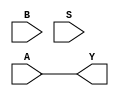
module techlib_pmux (A, B, S, Y);
parameter WIDTH = 0;
parameter S_WIDTH = 0;
input [WIDTH-1:0] A;
input [WIDTH*S_WIDTH-1:0] B;
input [S_WIDTH-1:0] S;
output reg [WIDTH-1:0] Y;
integer i;
reg found_active_sel_bit;
always @* begin
	Y = A;
	found_active_sel_bit = 0;
	for (i = 0; i < S_WIDTH; i = i+1)
		if (S[i]) begin
			Y = found_active_sel_bit ? 'bx : B >> (WIDTH*i);
			found_active_sel_bit = 1;
		end
end
endmodule